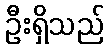
ဦးရှိသည်